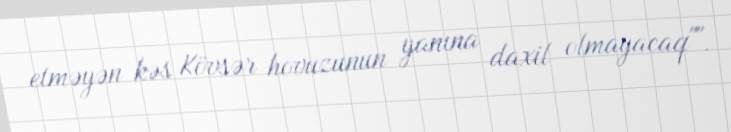
etməyən kəs Kövsər hovuzunun yanına daxil olmayacaq"".